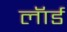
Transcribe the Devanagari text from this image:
लॅार्ड